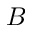
B